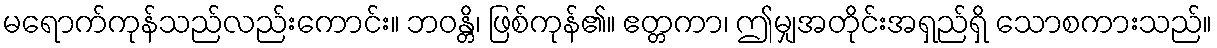
မရောက်ကုန်သည်လည်းကောင်း။ ဘဝန္တိ၊ ဖြစ်ကုန်၏။ ဧတ္တကာ၊ ဤမျှအတိုင်းအရှည်ရှိ သောစကားသည်။